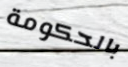
بالحكومة